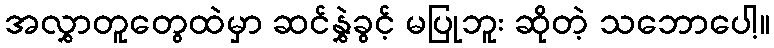
အလွှာတူတွေထဲမှာ ဆင်နွှဲခွင့် မပြုဘူး ဆိုတဲ့ သဘောပေါ့။